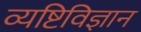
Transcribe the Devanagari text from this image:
व्यष्टिविज्ञान